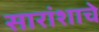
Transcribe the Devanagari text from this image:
सारांशाचे